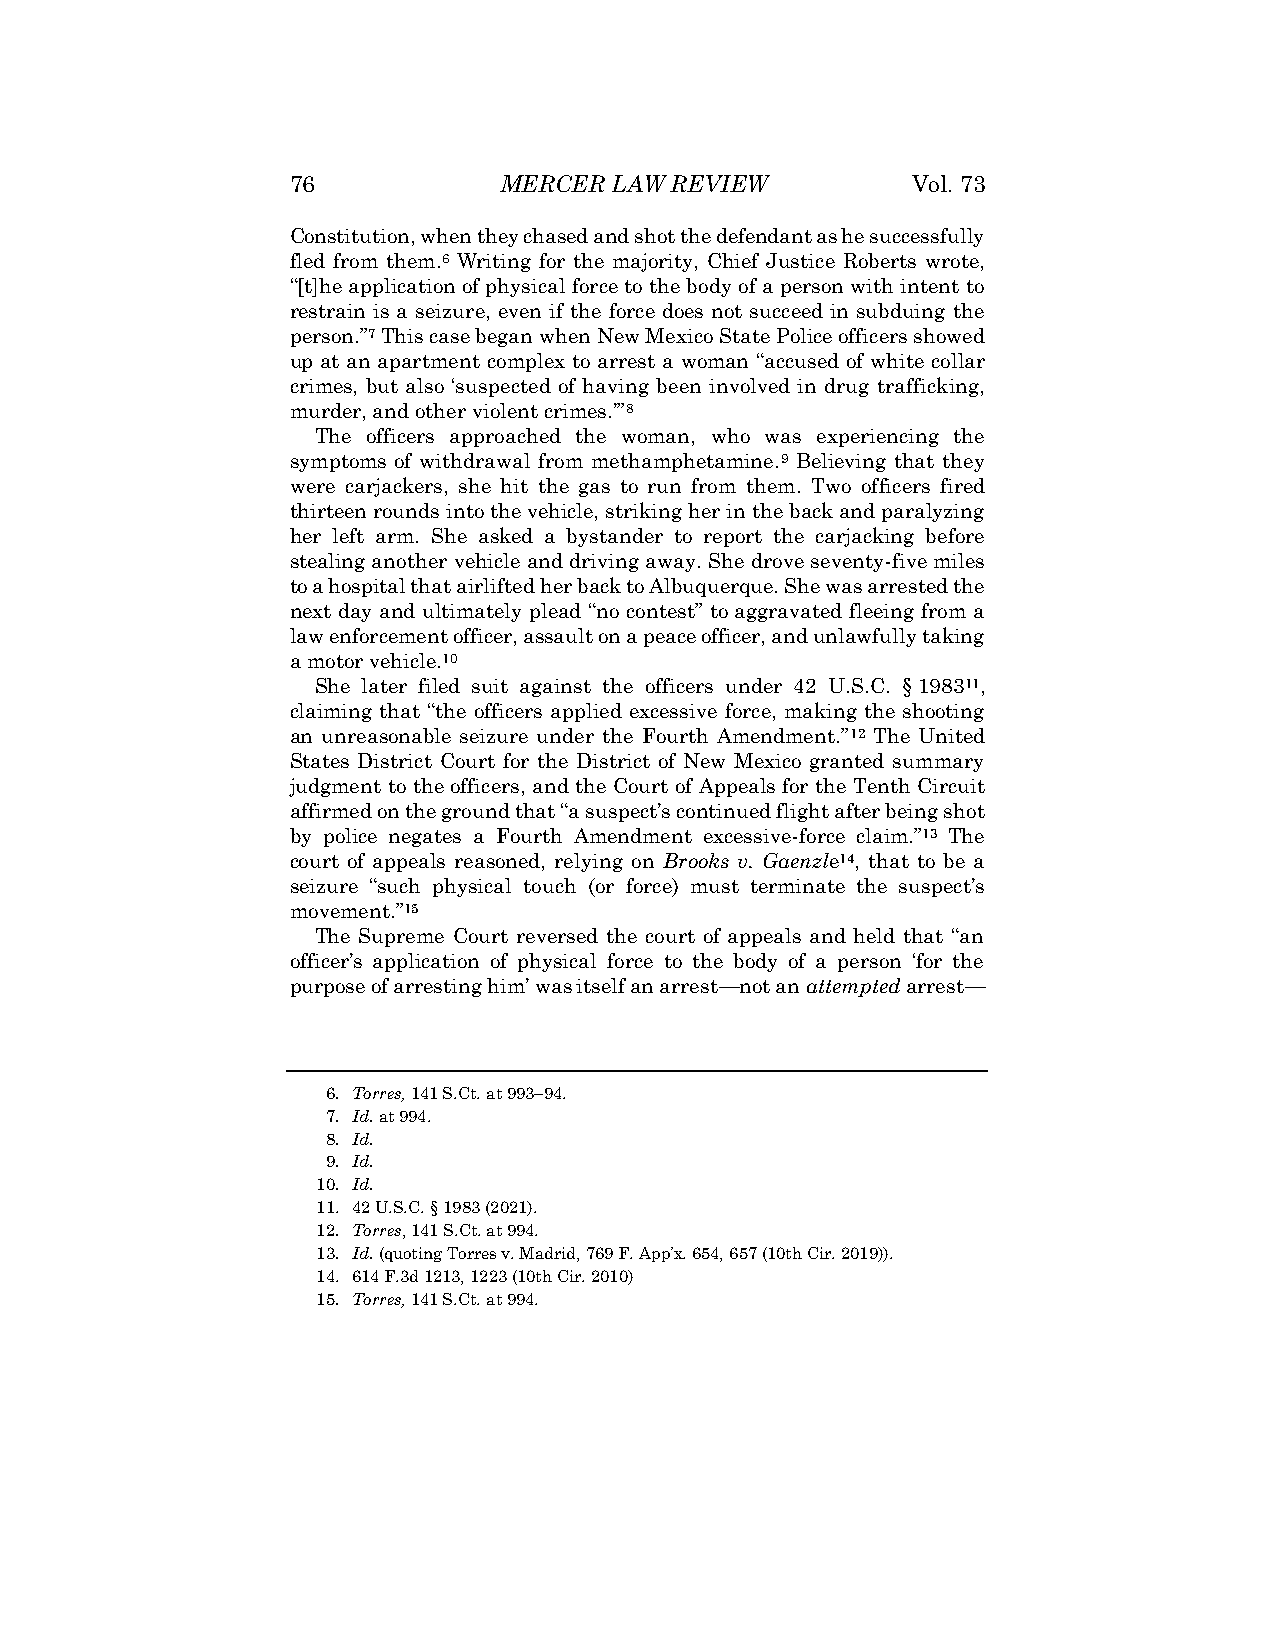
76            MERCER LAW REVIEW          Vol. 73
 Constitution, when they chased and shot the defendant as he successfully
 fled from them.6 Writing for the majority, Chief Justice Roberts wrote,
 “[t]he application of physical force to the body of a person with intent to
 restrain is a seizure, even if the force does not succeed in subduing the
 person.”7 This case began when New Mexico State Police officers showed
 up at an apartment complex to arrest a woman “accused of white collar
 crimes, but also ‘suspected of having been involved in drug trafficking,
 murder, and other violent crimes.’”8
 The officers approached the woman, who was experiencing the
 symptoms of withdrawal from methamphetamine.9 Believing that they
 were carjackers, she hit the gas to run from them. Two officers fired
 thirteen rounds into the vehicle, striking her in the back and paralyzing
 her left arm. She asked a bystander to report the carjacking before
 stealing another vehicle and driving away. She drove seventy-five miles
 to a hospital that airlifted her back to Albuquerque. She was arrested the
 next day and ultimately plead “no contest” to aggravated fleeing from a
 law enforcement officer, assault on a peace officer, and unlawfully taking
 a motor vehicle.10
 She later filed suit against the officers under 42 U.S.C. § 198311,
 claiming that “the officers applied excessive force, making the shooting
 an unreasonable seizure under the Fourth Amendment.”12 The United
 States District Court for the District of New Mexico granted summary
 judgment to the officers, and the Court of Appeals for the Tenth Circuit
 affirmed on the ground that “a suspect’s continued flight after being shot
 by police negates a Fourth Amendment excessive-force claim.”13 The
 court of appeals reasoned, relying on Brooks v. Gaenzle14, that to be a
 seizure “such physical touch (or force) must terminate the suspect’s
 movement.”15
 The Supreme Court reversed the court of appeals and held that “an
 officer’s application of physical force to the body of a person ‘for the
 purpose of arresting him’ was itself an arrest—not an attempted arrest—
 6. Torres, 141 S.Ct. at 993–94.
 7. Id. at 994.
 8. Id.
 9. Id.
 10. Id.
 11. 42 U.S.C. § 1983 (2021).
 12. Torres, 141 S.Ct. at 994.
 13. Id. (quoting Torres v. Madrid, 769 F. App’x. 654, 657 (10th Cir. 2019)).
 14. 614 F.3d 1213, 1223 (10th Cir. 2010)
 15. Torres, 141 S.Ct. at 994.